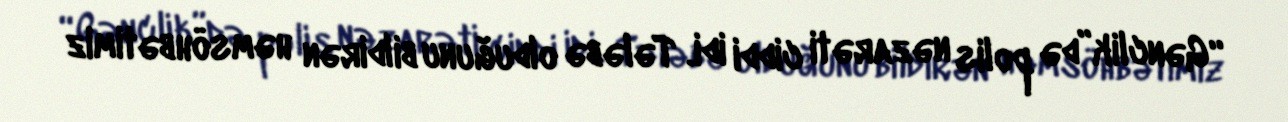
“Gənclik”də polis nəzarəti ciddi idi. Tələbə olduğunu bildirən həmsöhbətimiz